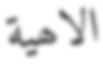
الاھية